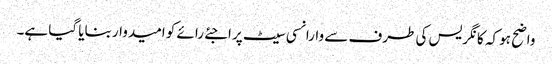
واضح ہو کہ کانگریس کی طرف سے وارانسی سیٹ پر اجئے رائے کو امیدوار بنایا گیا ہے۔